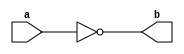
module NotGate(a,b) ;   // 1

output b ;
input a ;

nand(b,a,a) ;

endmodule 

module AndGate(a,b,c) ;  // 2 

output c ;
input a,b ;
wire x ;

nand(x,a,b);
nand(c,x,x) ;

endmodule 

module OrGate(a,b,c) ;  // 3 

output c ;
input a,b ;
wire x,y ;

nand(x,a,a) ;
nand(y,b,b) ;
nand(c,x,y) ;

endmodule 

module Mux2x1(a,b,s,c) ;  // 12

output c ;
input a,b,s ;
wire x,y,z ;

NotGate NG_1(s,z );
AndGate AG_1(a,z,x) ;
AndGate AG_2(b,s,y) ;
OrGate OG_1(x,y,c) ;

endmodule 

module Mux4x1(i0,i1,i2,i3,s1,s0,o) ;// 15

output o ;
input i0,i1,i2,i3 ;
input s1,s0;
wire x,y ;

Mux2x1 M_1(i0,i1,s1,x);
Mux2x1 M_2(i2,i3,s1,y) ;
Mux2x1 M_3(x,y,s0,o) ;

endmodule

module Mux4x1_16(i0,i1,i2,i3,s,o) ;

output [15:0] o ;
input [15:0] i0,i1,i2,i3 ;
input [1:0] s ;

Mux4x1 M[15:0](i0,i1,i2,i3,s[0],s[1],o) ;

endmodule